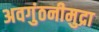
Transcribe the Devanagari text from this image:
अवगुंठनीमुद्रा